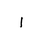
Letter: _alif